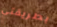
بطريقتي